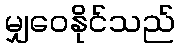
မျှဝေနိုင်သည်